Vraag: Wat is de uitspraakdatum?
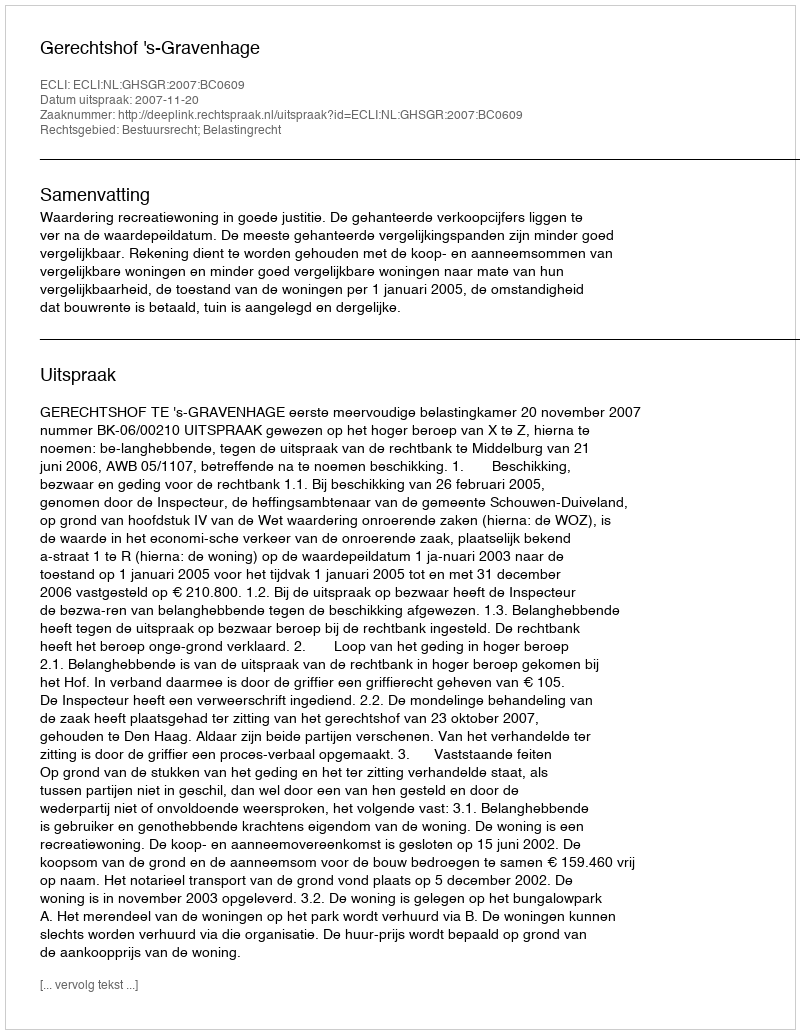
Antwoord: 2007-11-20